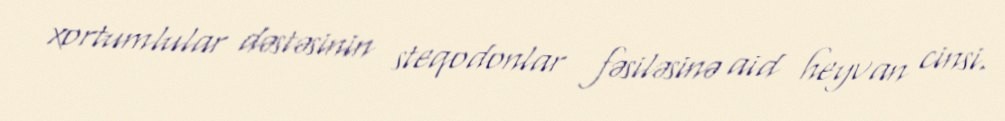
xortumlular dəstəsinin steqodonlar fəsiləsinə aid heyvan cinsi.